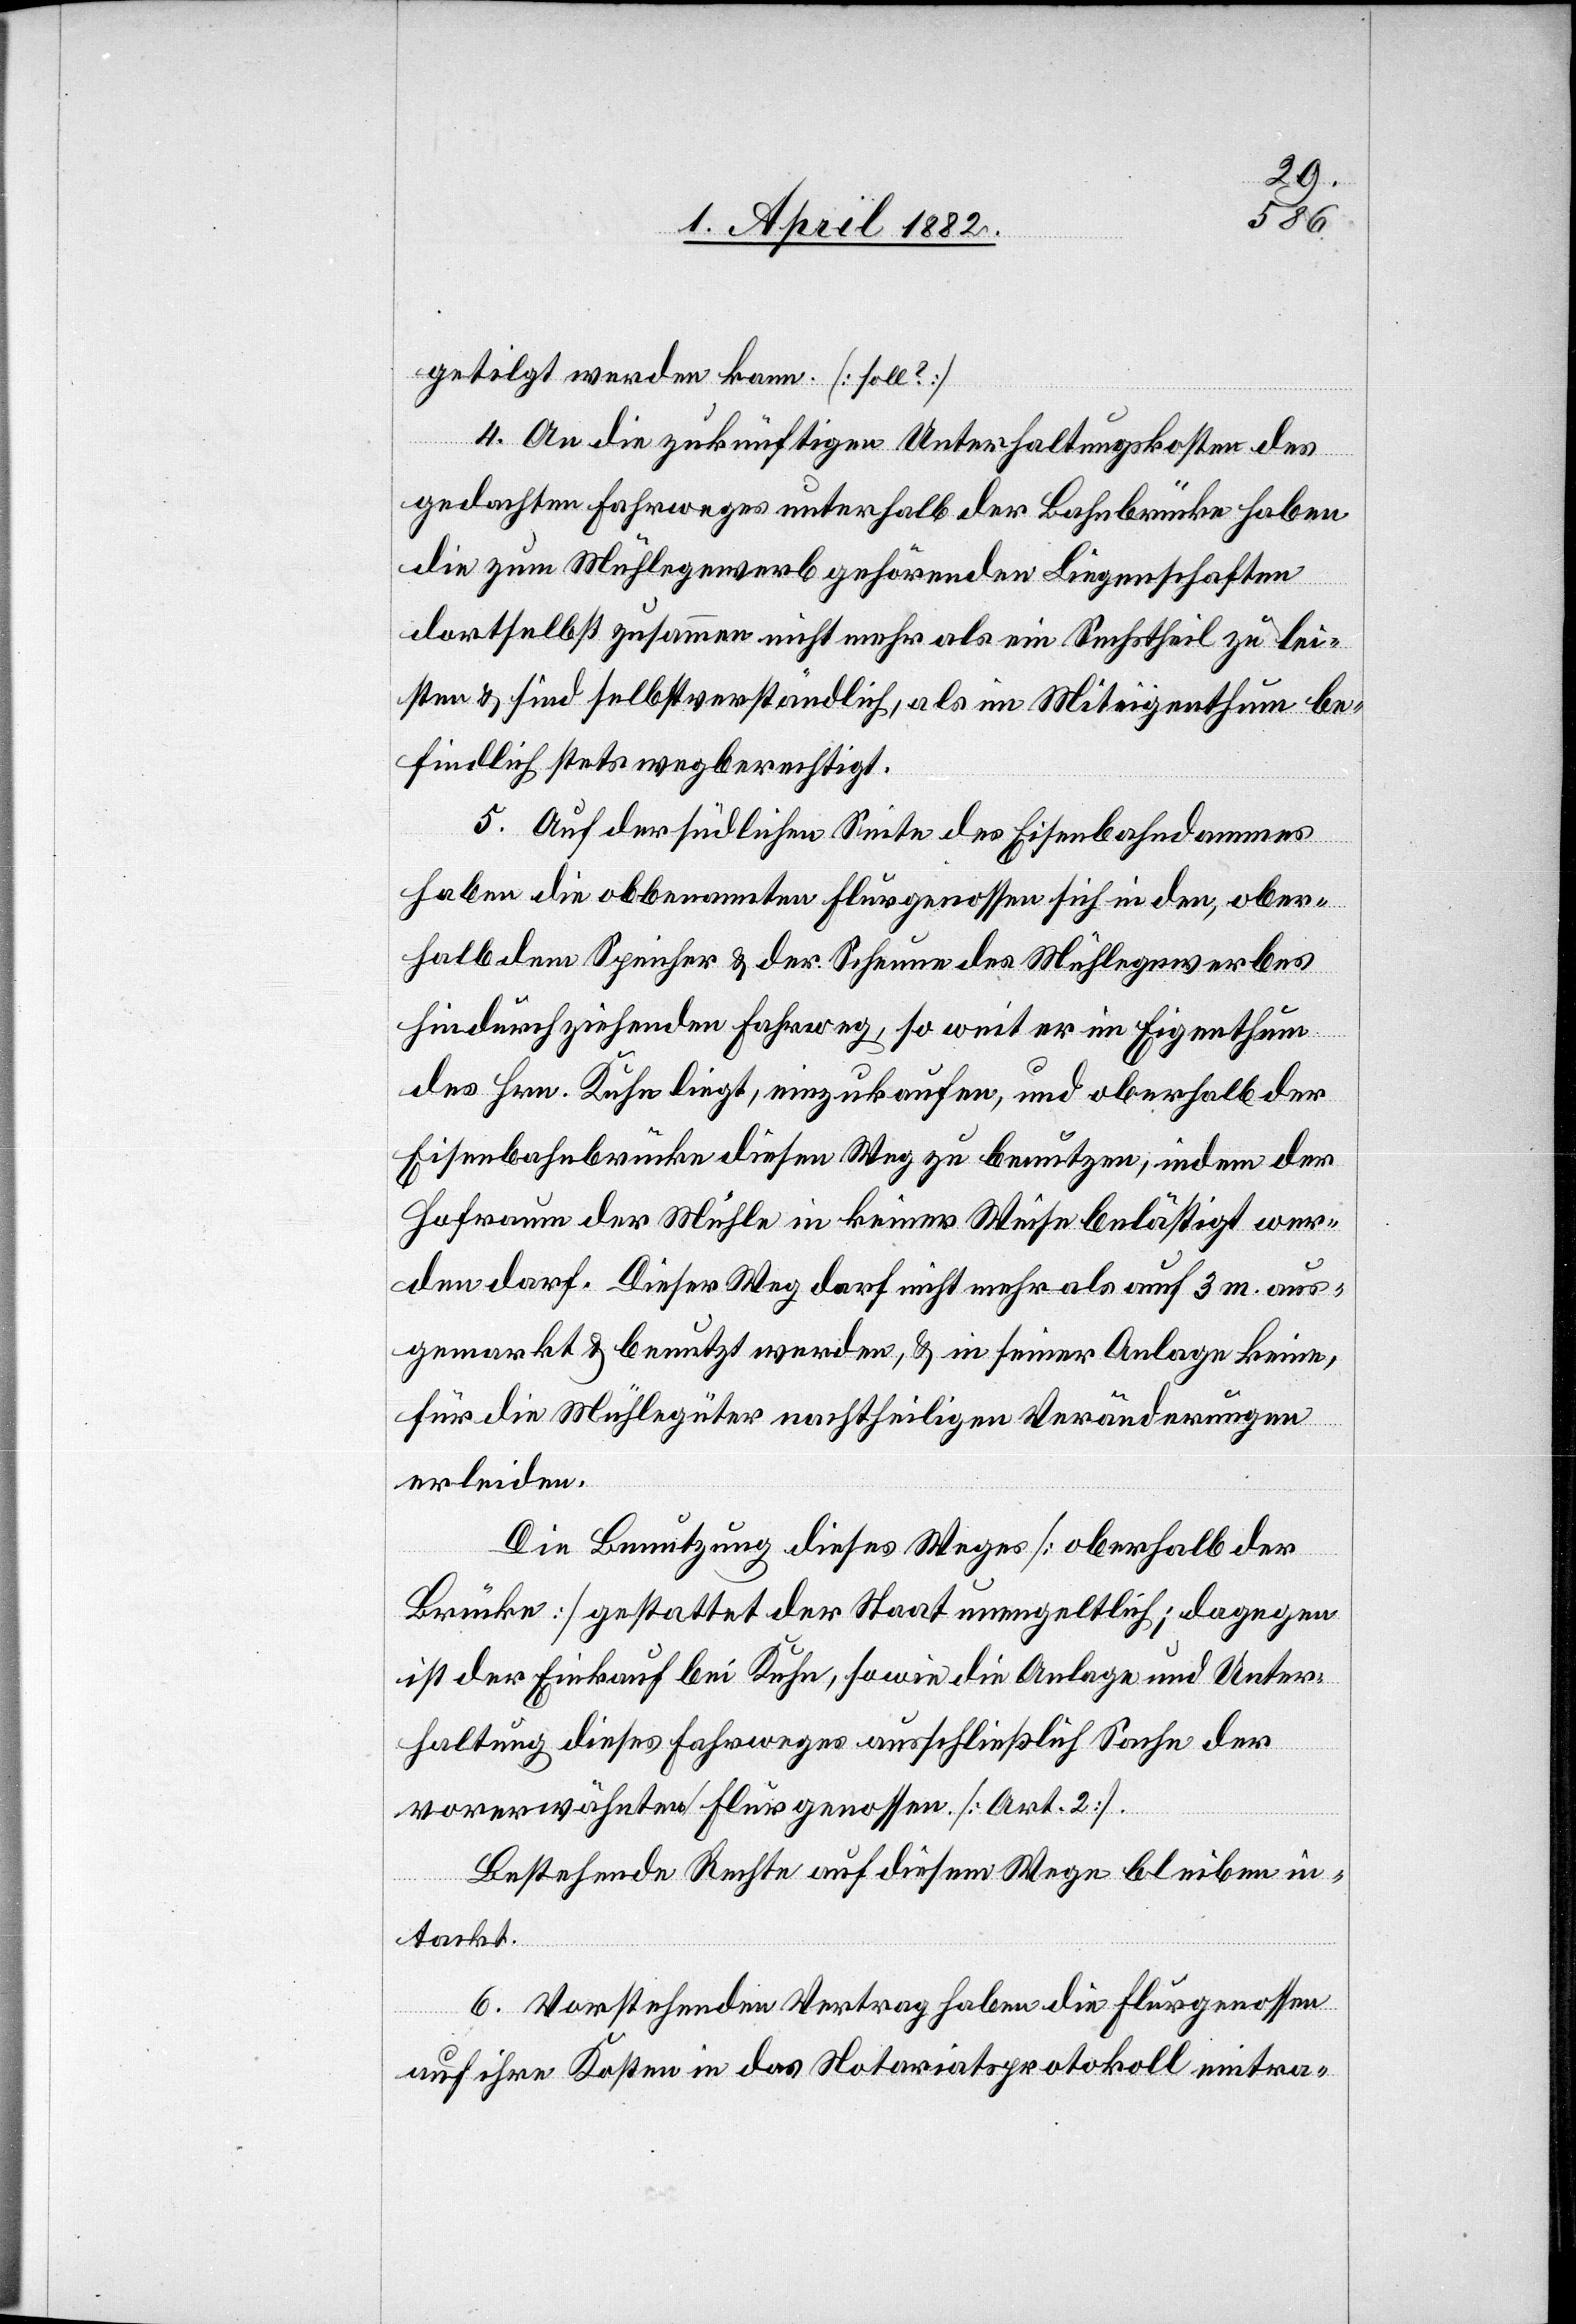
getilgt werden kann. [soll?]
4. An die zukünftigen Unterhaltungskosten des
gedachten Fahrweges unterhalb der Bahnbrücke haben
die zum Mühlegewerb gehörenden Liegenschaften
dortselbst zusammen nicht mehr als ein Sechstheil zu lei¬
sten & sind selbstverständlich, als im Miteigenthum be¬
findlich stets wegberechtigt.
5. Auf der südlichen Seite des Eisenbahndammes
haben die obbenannten Flurgenossen sich in den, ober¬
halb dem Speicher & der Scheune des Mühlegewerbes
hindurchziehenden Fahrweg, so weit er im Eigenthum
des Hrn. Kuhn liegt, einzukaufen, und oberhalb der
Eisenbahnbrücke diesen Weg zu benutzen, indem der
Hofraum der Mühle in keiner Weise belästigt wer¬
den darf. Dieser Weg darf nicht mehr als auf 3 m. aus¬
gemarkt & benutzt werden, & in seiner Anlage keine,
für die Mühlegüter nachtheiligen Veränderungen
erleiden.
Die Benutzung dieses Weges [oberhalb der
Brücke] gestattet der Staat unen[t]geltlich; dagegen
ist der Einkauf bei Kuhn, sowie die Anlage und Unter¬
haltung dieses Fahrweges ausschließlich Sache der
vorerwähnten Flurgenossen. [Art. 2].
Bestehende Rechte auf diesem Wege bleiben in¬
tackt.
6. Vorstehenden Vertrag haben die Flurgenossen
auf ihre Kosten in das Notariatsprotokoll eintra-